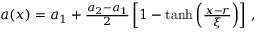
\begin{array} { r } { a ( x ) = a _ { 1 } + \frac { a _ { 2 } - a _ { 1 } } { 2 } \left[ 1 - \operatorname { t a n h } \left( \frac { x - r } { \xi } \right) \right] \, , } \end{array}